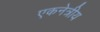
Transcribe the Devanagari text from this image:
एकनेत्रीय